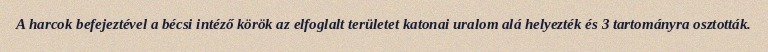
A harcok befejeztével a bécsi intéző körök az elfoglalt területet katonai uralom alá helyezték és 3 tartományra osztották.